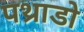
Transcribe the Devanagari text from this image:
पथ्राडो